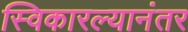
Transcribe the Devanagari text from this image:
स्विकारल्यानंतर